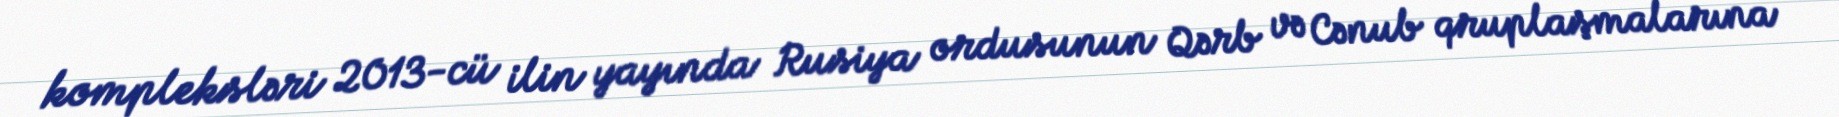
kompleksləri 2013-cü ilin yayında Rusiya ordusunun Qərb və Cənub qruplaşmalarına